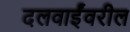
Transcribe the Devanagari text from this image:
दलवाईंवरील